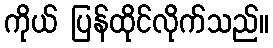
ကိုယ် ပြန်ထိုင်လိုက်သည်။